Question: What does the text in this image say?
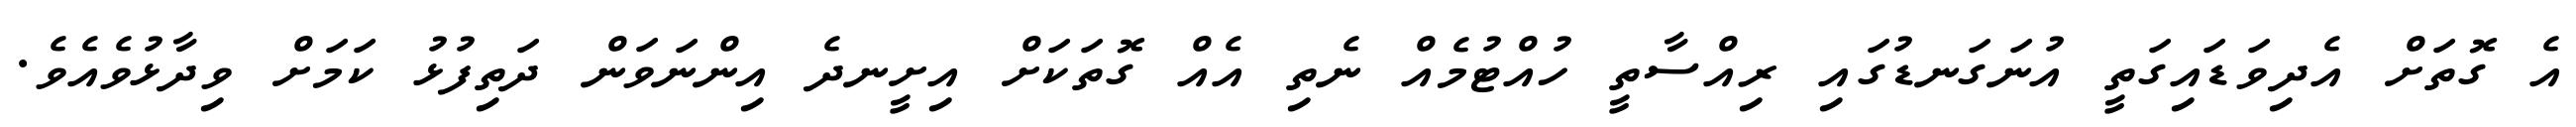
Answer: އެ ގޮތަށް އެދިވަޑައިގަތީ އުނަގަނޑުގައި ރިއްސާތީ ހުއްޓުމެއް ނެތި އެއް ގޮތަކަށް އިށީނދެ އިންނަވަން ދަތިފުޅު ކަމަށް ވިދާޅުވެއެވެ.